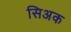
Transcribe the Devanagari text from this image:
सिअक